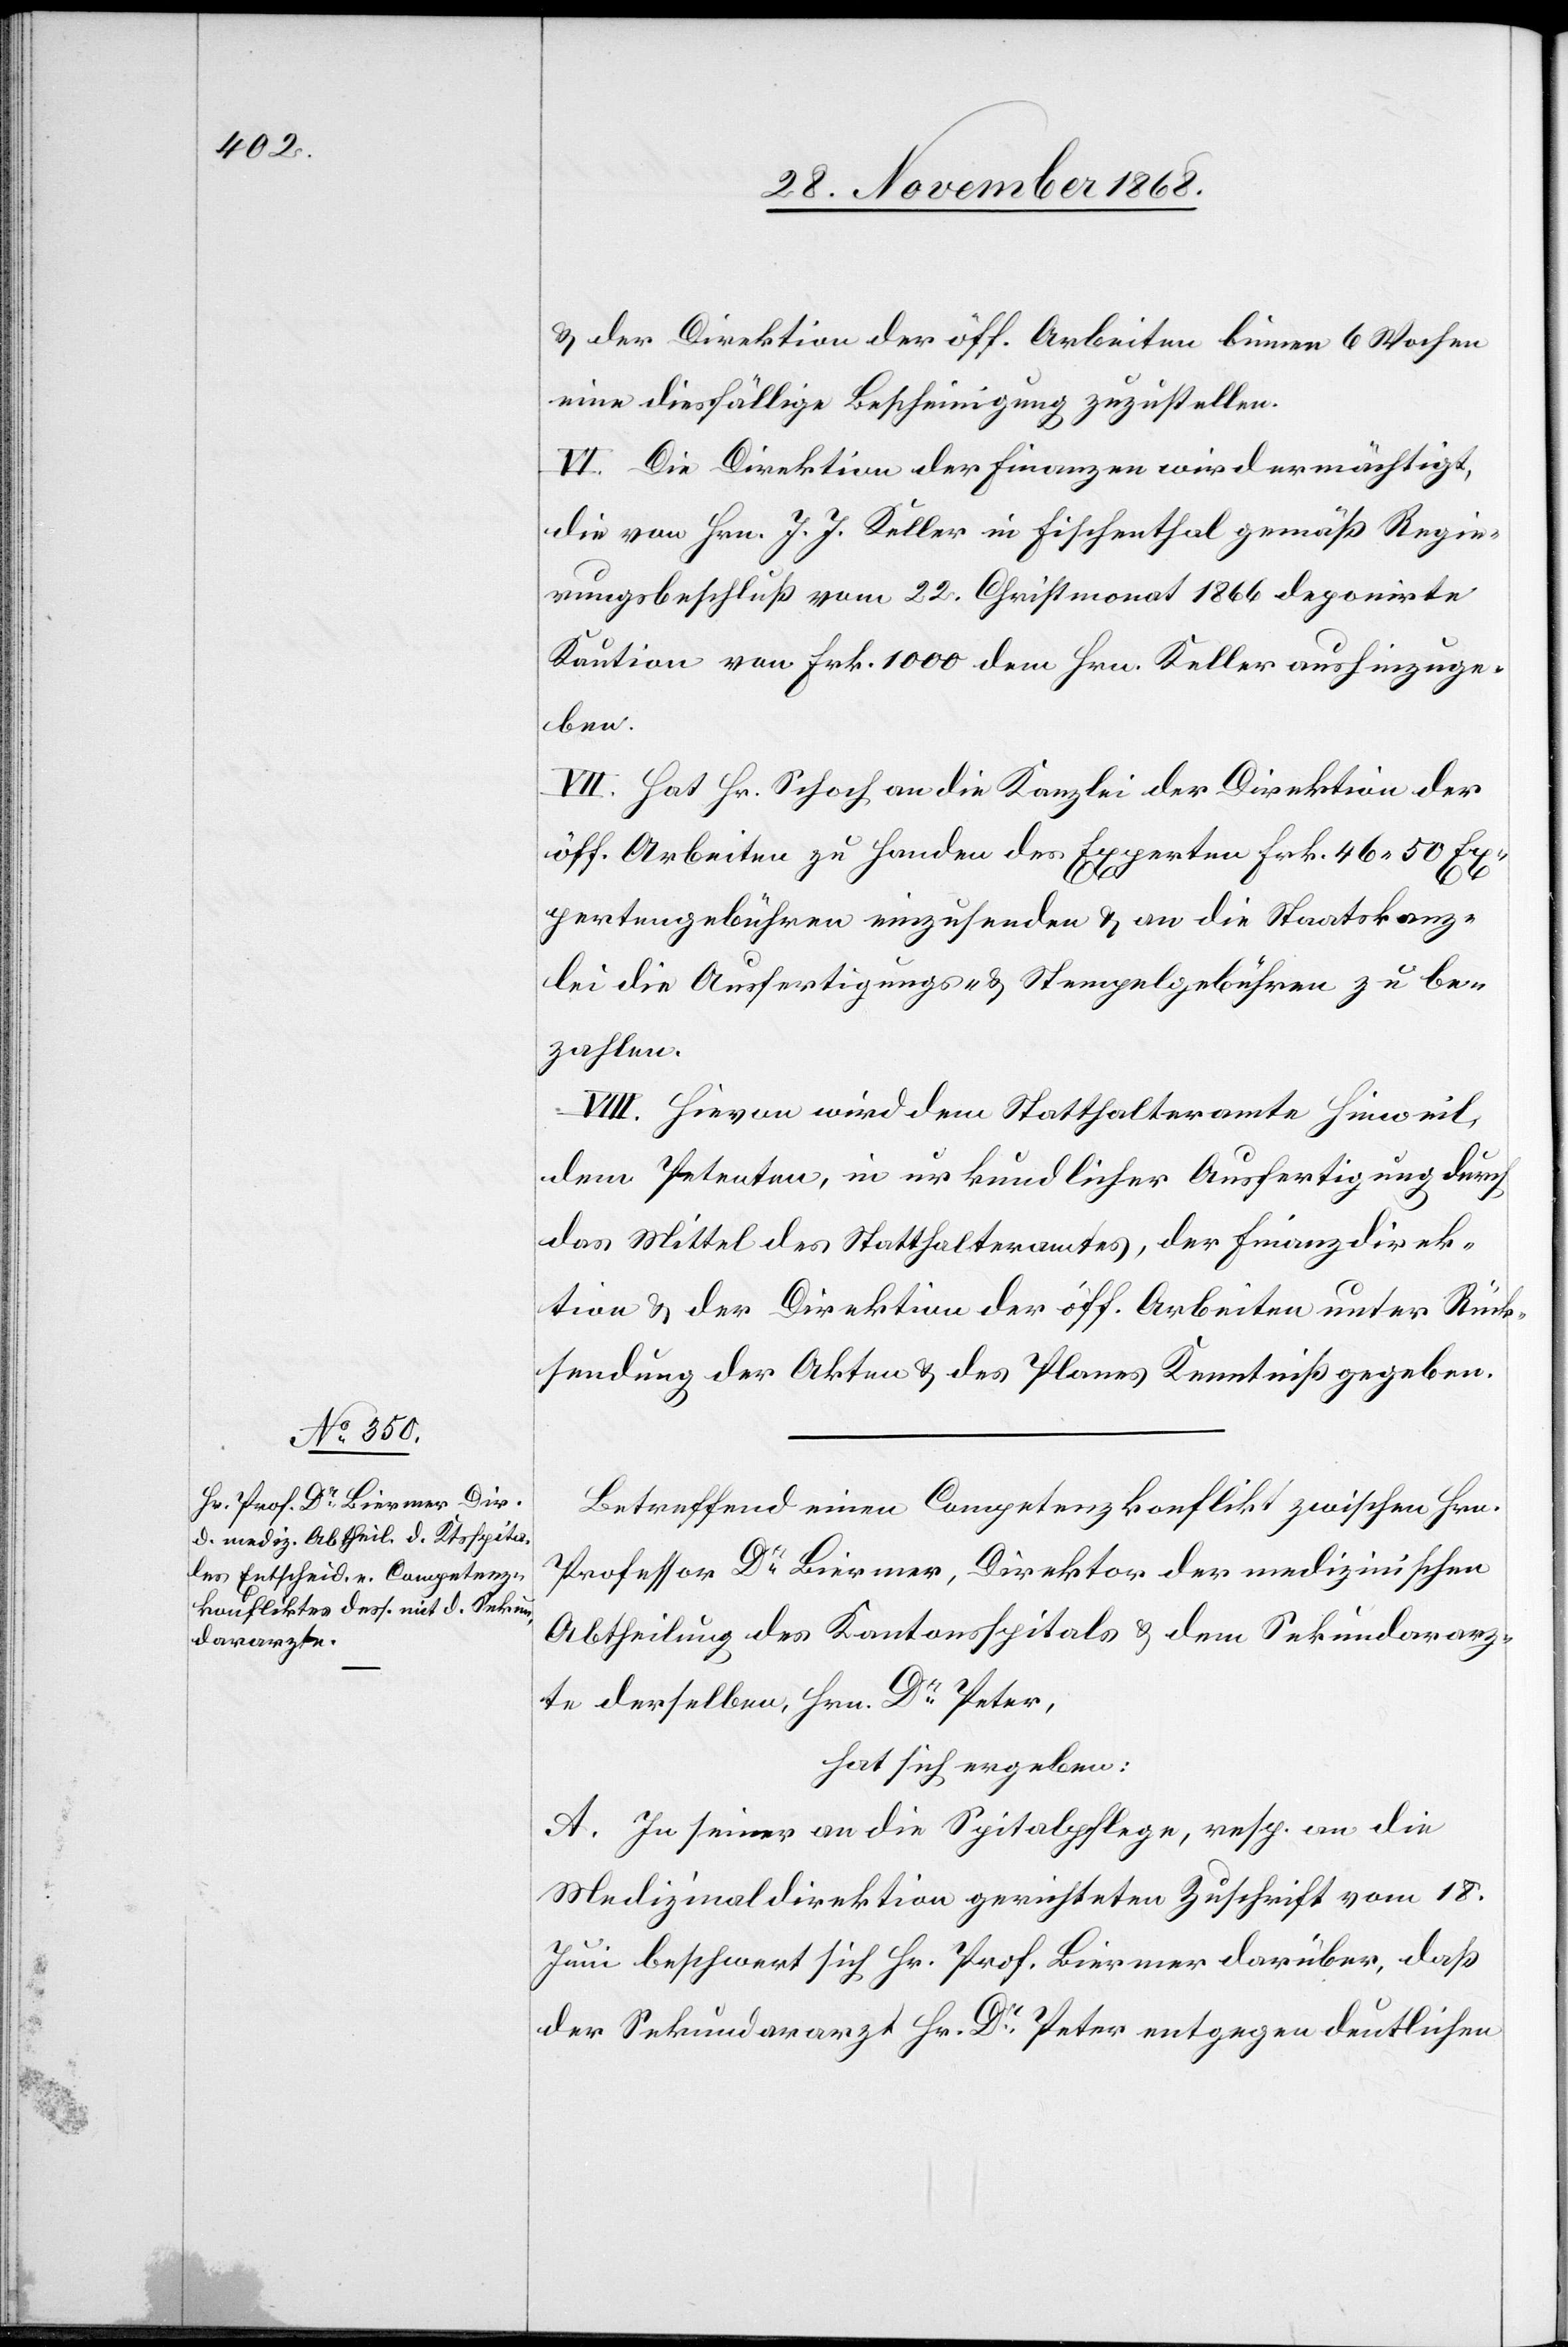
& der Direktion der öff. Arbeiten binnen 6 Wochen
eine diesfällige Bescheinigung zuzustellen.
VI. Die Direktion der Finanzen wird ermächtigt,
die von Hrn. J. J. Keller in Fischenthal gemäß Regie¬
rungsbeschluß vom 22. Christmonat 1866 deponirte
Kaution von Frk. 1000 dem Hrn. Keller aushinzuge¬
ben.
VII. Hat Hr. Schoch an die Kanzlei der Direktion der
öff. Arbeiten zu Handen des Experten Frk. 46.50 Exp¬
ertengebühren einzusenden & an die Staatskanz¬
lei die Ausfertigungs- & Stempelgebühren zu be¬
zahlen.
VIII. Hievon wird dem Statthalteramte Hinweil,
dem Petenten, in urkundlicher Ausfertigung durch
das Mittel des Statthalteramtes, der Finanzdirek¬
tion & der Direktion der öff. Arbeiten unter Rück¬
sendung der Akten & des Planes Kenntniß gegeben.
Betreffend einen Competenzkonflikt zwischen Hrn.
Professor Dr Biermer, Direktor der medizinischen
Abtheilung des Kantonsspitals & dem Sekundararz¬
te derselben, Hrn. Dr Peter,
hat sich ergeben:
A. In seiner an die Spitalpflege, resp. an die
Medizinaldirektion gerichteten Zuschrift vom 18.
Juni beschwert sich Hr. Prof. Biermer darüber, daß
der Sekundararzt Hr. Dr Peter entgegen deutlichen